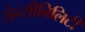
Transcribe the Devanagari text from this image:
सेन्सीबिलिटी